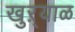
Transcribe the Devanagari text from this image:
खुऱ्‍याळ